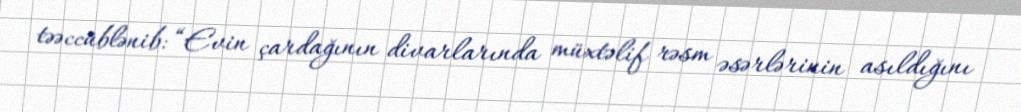
təəccüblənib: “Evin çardağının divarlarında müxtəlif rəsm əsərlərinin asıldığını